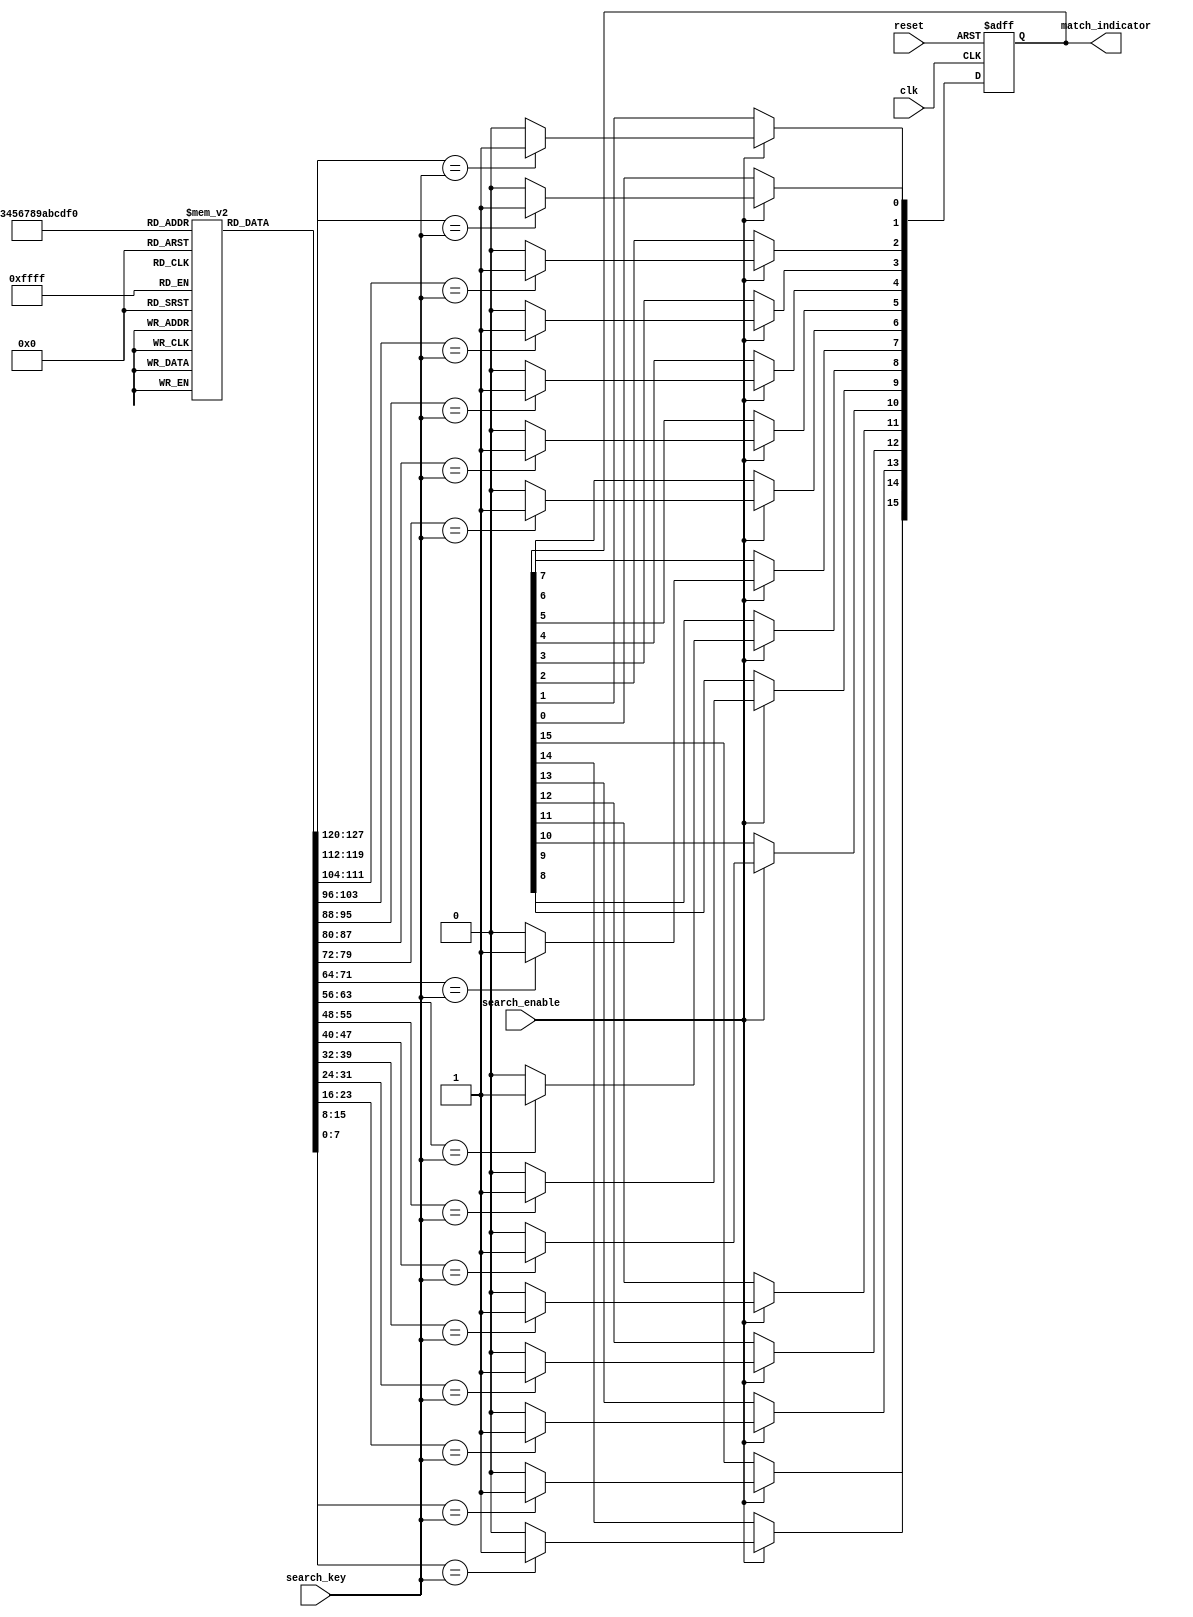
module column_based_cam #(
    parameter DATA_WIDTH = 8,  // Width of data in bits
    parameter DEPTH = 16        // Number of entries (rows) in CAM
)(
    input wire clk,                // Clock signal
    input wire reset,              // Reset signal
    input wire [DATA_WIDTH-1:0] search_key, // Key to search
    input wire search_enable,       // Enable the search operation
    output reg [DEPTH-1:0] match_indicator // Output indicating matched entries
);

    // Memory Array: Each entry is a DATA_WIDTH wide
    reg [DATA_WIDTH-1:0] memory [0:DEPTH-1]; 

    // Internal signals for matching
    integer i;

    // Initialize memory (As an example, you can load with your own values in a testbench)
    initial begin
        // Example initialization (For testing purpose, you can change it)
        memory[0] = 8'b00000001;
        memory[1] = 8'b00000010;
        memory[2] = 8'b00000011;
        memory[3] = 8'b00000100;
        memory[4] = 8'b00000101;
        memory[5] = 8'b00000110;
        memory[6] = 8'b00000111;
        memory[7] = 8'b00001000;
        // Further initialization ...
        // Memory can be filled further as needed
    end

    // Always block for matching logic
    always @(posedge clk or posedge reset) begin
        if (reset) begin
            match_indicator <= {DEPTH{1'b0}}; // Reset output to zero
        end else if (search_enable) begin
            match_indicator <= {DEPTH{1'b0}}; // Clear previous matches
            for (i = 0; i < DEPTH; i = i + 1) begin
                if (memory[i] == search_key) begin
                    match_indicator[i] <= 1'b1; // Set match indicator
                end
            end
        end
    end

endmodule